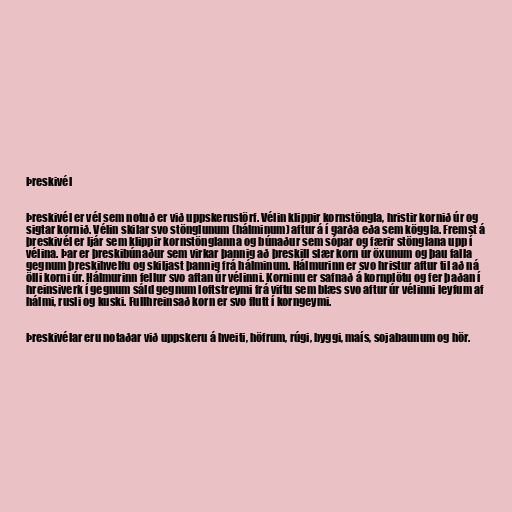
Þreskivél

Þreskivél er vél sem notuð er við uppskerustörf. Vélin klippir kornstöngla, hristir kornið úr og
sigtar kornið. Vélin skilar svo stönglunum (hálminum) aftur á í garða eða sem köggla. Fremst á
þreskivél er ljár sem klippir kornstönglanna og búnaður sem sópar og færir stönglana upp í
vélina. Þar er þreskibúnaður sem virkar þannig að þreskill slær korn úr öxunum og þau falla
gegnum þreskihvelfu og skiljast þannig frá hálminum. Hálmurinn er svo hristur aftur til að ná
ölli korni úr. Hálmurinn fellur svo aftan úr vélinni. Korninu er safnað á kornplötu og fer þaðan í
hreinsiverk í gegnum sáld gegnum loftstreymi frá viftu sem blæs svo aftur úr vélinni leyfum af
hálmi, rusli og kuski. Fullhreinsað korn er svo flutt í korngeymi.

Þreskivélar eru notaðar við uppskeru á hveiti, höfrum, rúgi, byggi, maís, sojabaunum og hör.